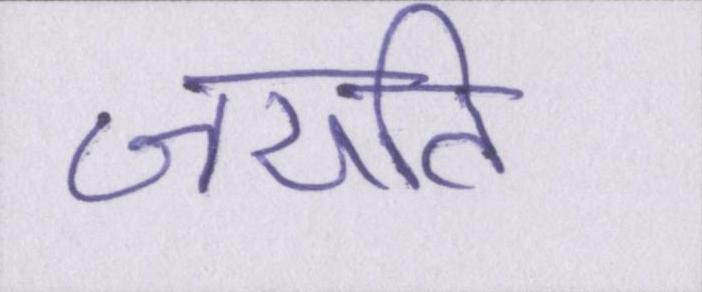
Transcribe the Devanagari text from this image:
जयति